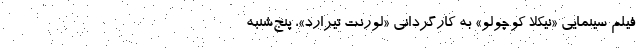
فیلم سینمایی «نیکلا کوچولو» به کارگردانی «لورنت تیرارد»، پنج‌شنبه